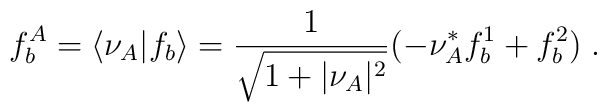
f_b^A=\langle\nu_A\vert f_b\rangle={1\over\sqrt{1+\vert\nu_A\vert^2}}\bigl(-\nu_A^*f_b^1+f_b^2\bigr)\;.